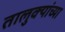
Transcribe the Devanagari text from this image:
तालुक्‍यांच्या